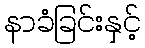
နာခံခြင်းနှင့်